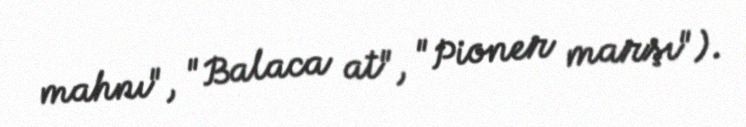
mahnı", "Balaca at", "Pioner marşı").